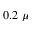
0 . 2 ~ \mu